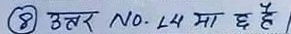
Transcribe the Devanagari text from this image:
उत्तर No. 24 मा छ है ।